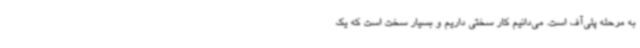
به مرحله پلی‌آف است. می‌دانیم کار سختی داریم و بسیار سخت است که یک